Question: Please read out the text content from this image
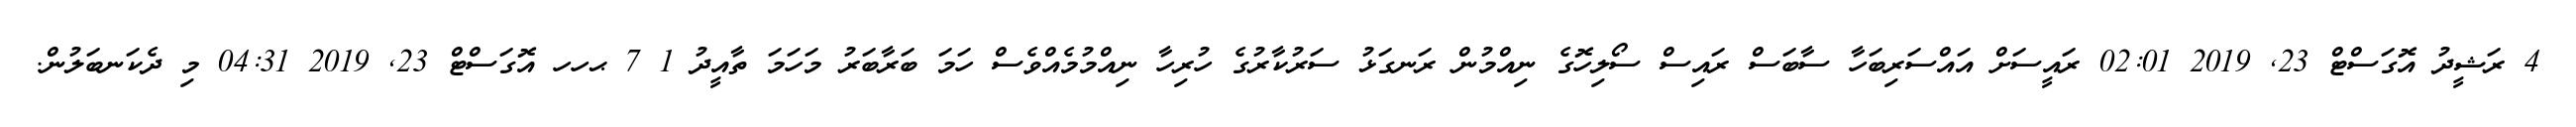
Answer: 4 ރަޝީދު އޮގަސްޓް 23, 2019 02:01 ރައީސަށް އައްސަރިބަހާ ސާބަސް ރައިސް ސޯލިހޮގެ ނިއްމުން ރަނގަޅު ސަރުކާރުގެ ހުރިހާ ނިއްމުމެއްވެސް ހަމަ ބަރާބަރު މަހަމަ ތާއީދު 1 7 ޙހހ އޮގަސްޓް 23, 2019 04:31 މި ދެކަނބަލުން.